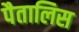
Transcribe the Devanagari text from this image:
पैतालिस